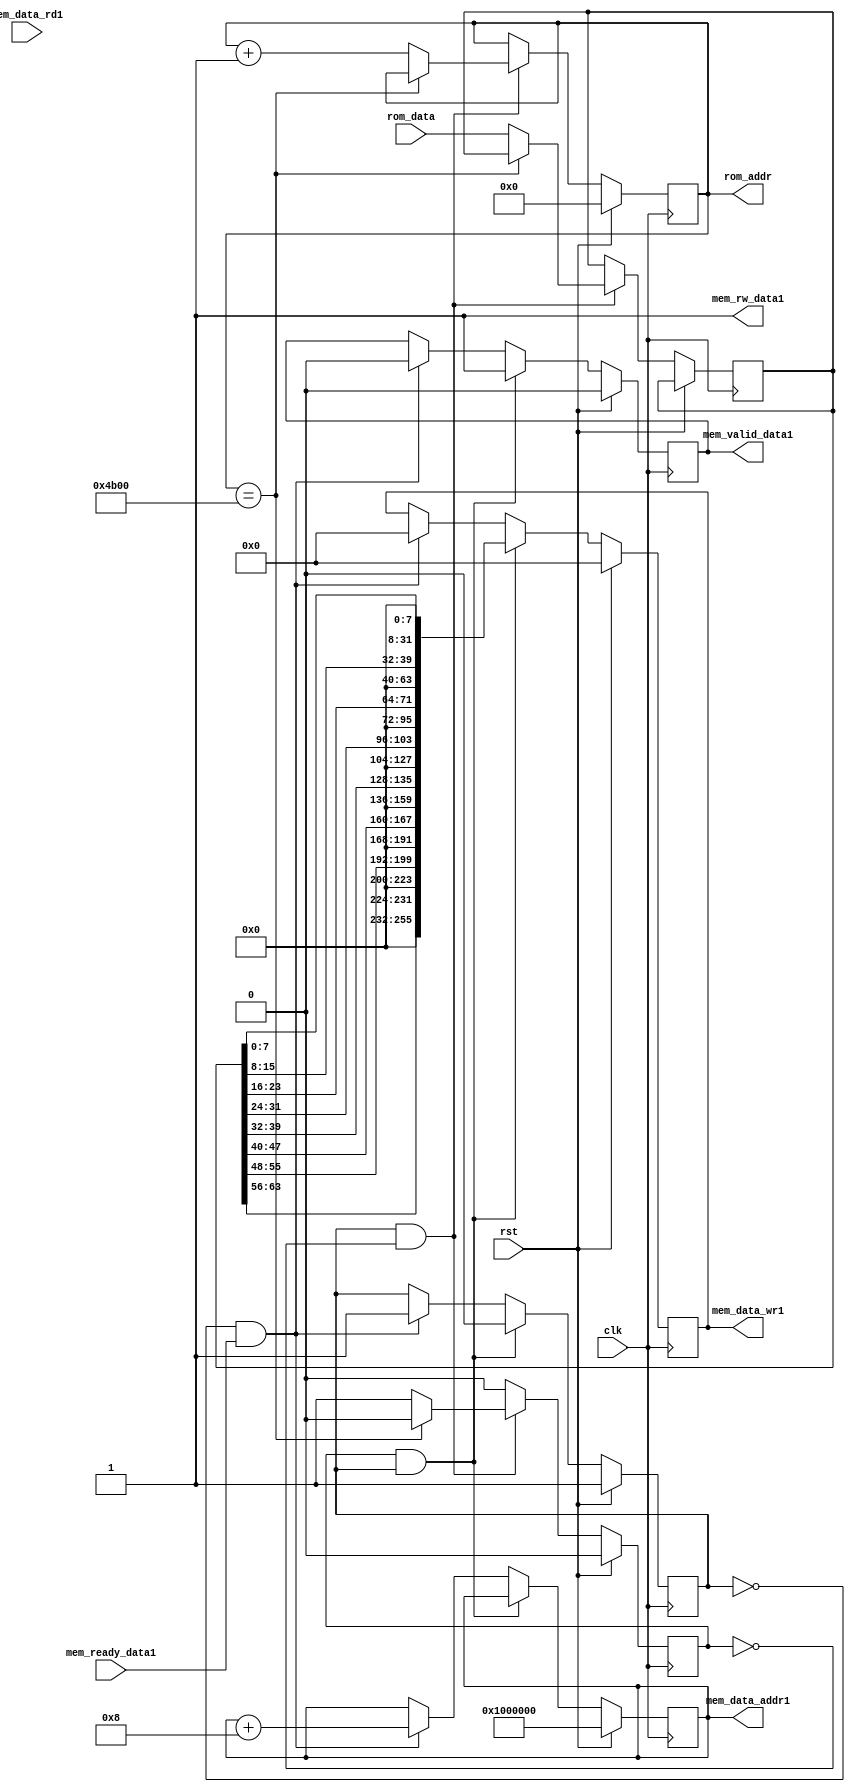
`timescale 1ns / 1ps
//////////////////////////////////////////////////////////////////////////////////
// Company: 
// Engineer: 
// 
// Design Name: 
// Module Name:    write_data_mem 
// Project Name: 
// Target Devices: 
// Tool versions: 
// Description: 
//
// Dependencies: 
//
// Revision: 
// Revision 0.01 - File Created
// Additional Comments: 
//
//////////////////////////////////////////////////////////////////////////////////
module Dcache_dummy #(
      parameter CYCLE_DELAY = 1
		)
(
		input clk,
		input rst,
	
// ROM interface
   
	input  [63:0]  rom_data,
	output reg [15:0] rom_addr,
	
	output  reg	   [255:0] mem_data_wr1,
								// Input data from cache
								
	input   [255:0] mem_data_rd1,
								// Output the data to cache
								
   output  reg      [27:0]  mem_data_addr1,
								// DDR2 address from cache to read/write the data from/to
								
	output                mem_rw_data1,
	                     // To indicate read/write command from cache
								
	output reg               mem_valid_data1,
	                     // To indicate from cache if command is valid
								
	input 				  mem_ready_data1
	
                        // To indicate to cache that response is ready	
    );



   reg  read_done;	
	reg write_done;
	reg [63:0] temp_data;
   assign mem_rw_data1 = 1; // Only write for this block

	// Read from ROM block
	always @(posedge clk)
	begin
		if(rst)
			begin
			rom_addr <= 16'd0;
			read_done <= 0;   
			end
		else if(write_done & ~read_done)
			begin

			// Check for last address, if last address, read_done is always zero
			if(rom_addr == 16'd19200)
				read_done <= 0;
			else
				begin
				read_done <= 1;
				rom_addr <= rom_addr + 1;
			   temp_data <= rom_data;
				end

			end
		else if(read_done)  // read_done only for 1 cycle
		read_done <= 0;		
	end
	
	// Write to DDR block
	always @(posedge clk)
	begin
		if(rst)
			begin
			mem_data_addr1 <= 28'h1000000;
			write_done <= 1; 
         mem_valid_data1 <= 0;	
			mem_data_wr1 <= 256'd0;
			end
			
		else if(read_done & write_done)
			begin
         mem_valid_data1 <= 1;
         
			//Data
			mem_data_wr1 <= {
			24'd0, temp_data[63:56],
			24'd0, temp_data[55:48],
			24'd0, temp_data[47:40],
			24'd0, temp_data[39:32],
			24'd0, temp_data[31:24],
			24'd0, temp_data[23:16],
			24'd0, temp_data[15:8],
			24'd0, temp_data[7:0]};
			
			write_done <= 0;
			end
			
		else if(~write_done & mem_ready_data1)
			begin
			write_done <= 1;
         mem_valid_data1 <= 0;	
			mem_data_wr1 <= 256'd0;		
			mem_data_addr1 <= mem_data_addr1 + 8;	
			end
			
	//	else if(write_done)  // write_done only for 1 cycle
	//	write_done <= 0;		
		
	end

	
	
endmodule